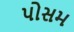
પોસમ